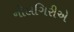
નીલગિરીએ